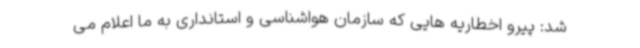
شد: پیرو اخطاریه هایی که سازمان هواشناسی و استانداری به ما اعلام می